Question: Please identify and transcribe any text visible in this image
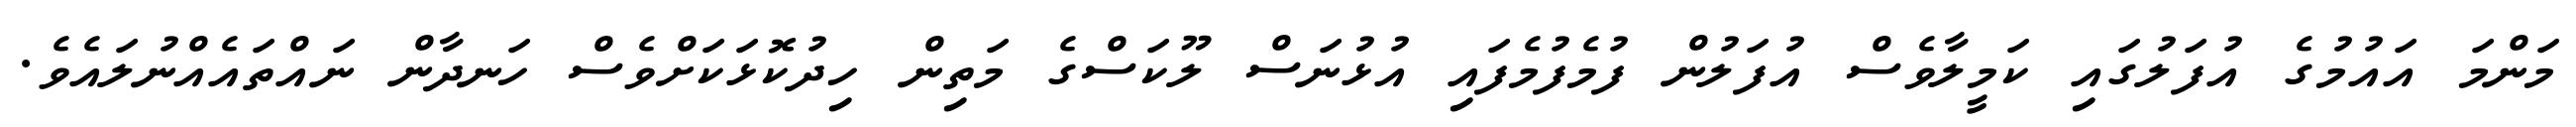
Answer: މަންމަ އައުމުގެ އުފަލުގައި ކަމީލާވެސް އުފަލުން ފުމެފުމެފައި އުޅުނަސް ލޫކަސްގެ މަތިން ހިދުކޮޅަކަށްވެސް ހަނދާން ނައްތައެއްނުލައެވެ.